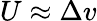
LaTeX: U\approx\Delta v